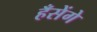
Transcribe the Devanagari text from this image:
हँसेंगे